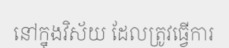
នៅក្នុងវិស័យ ដែលត្រូវធ្វើការ